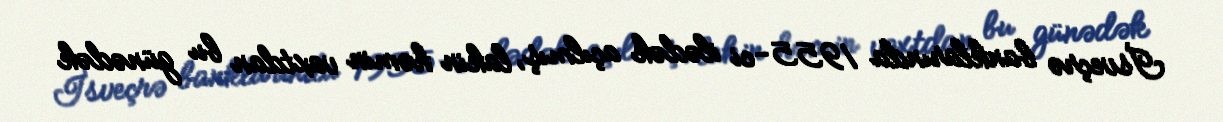
İsveçrə banklarında 1955-ci ilədək açılmış, lakin həmin vaxtdan bu günədək